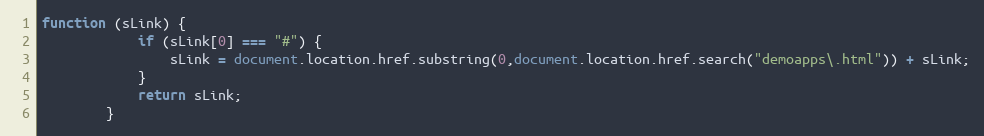
Language: JavaScript
function (sLink) {
			if (sLink[0] === "#") {
				sLink = document.location.href.substring(0,document.location.href.search("demoapps\.html")) + sLink;
			}
			return sLink;
		}